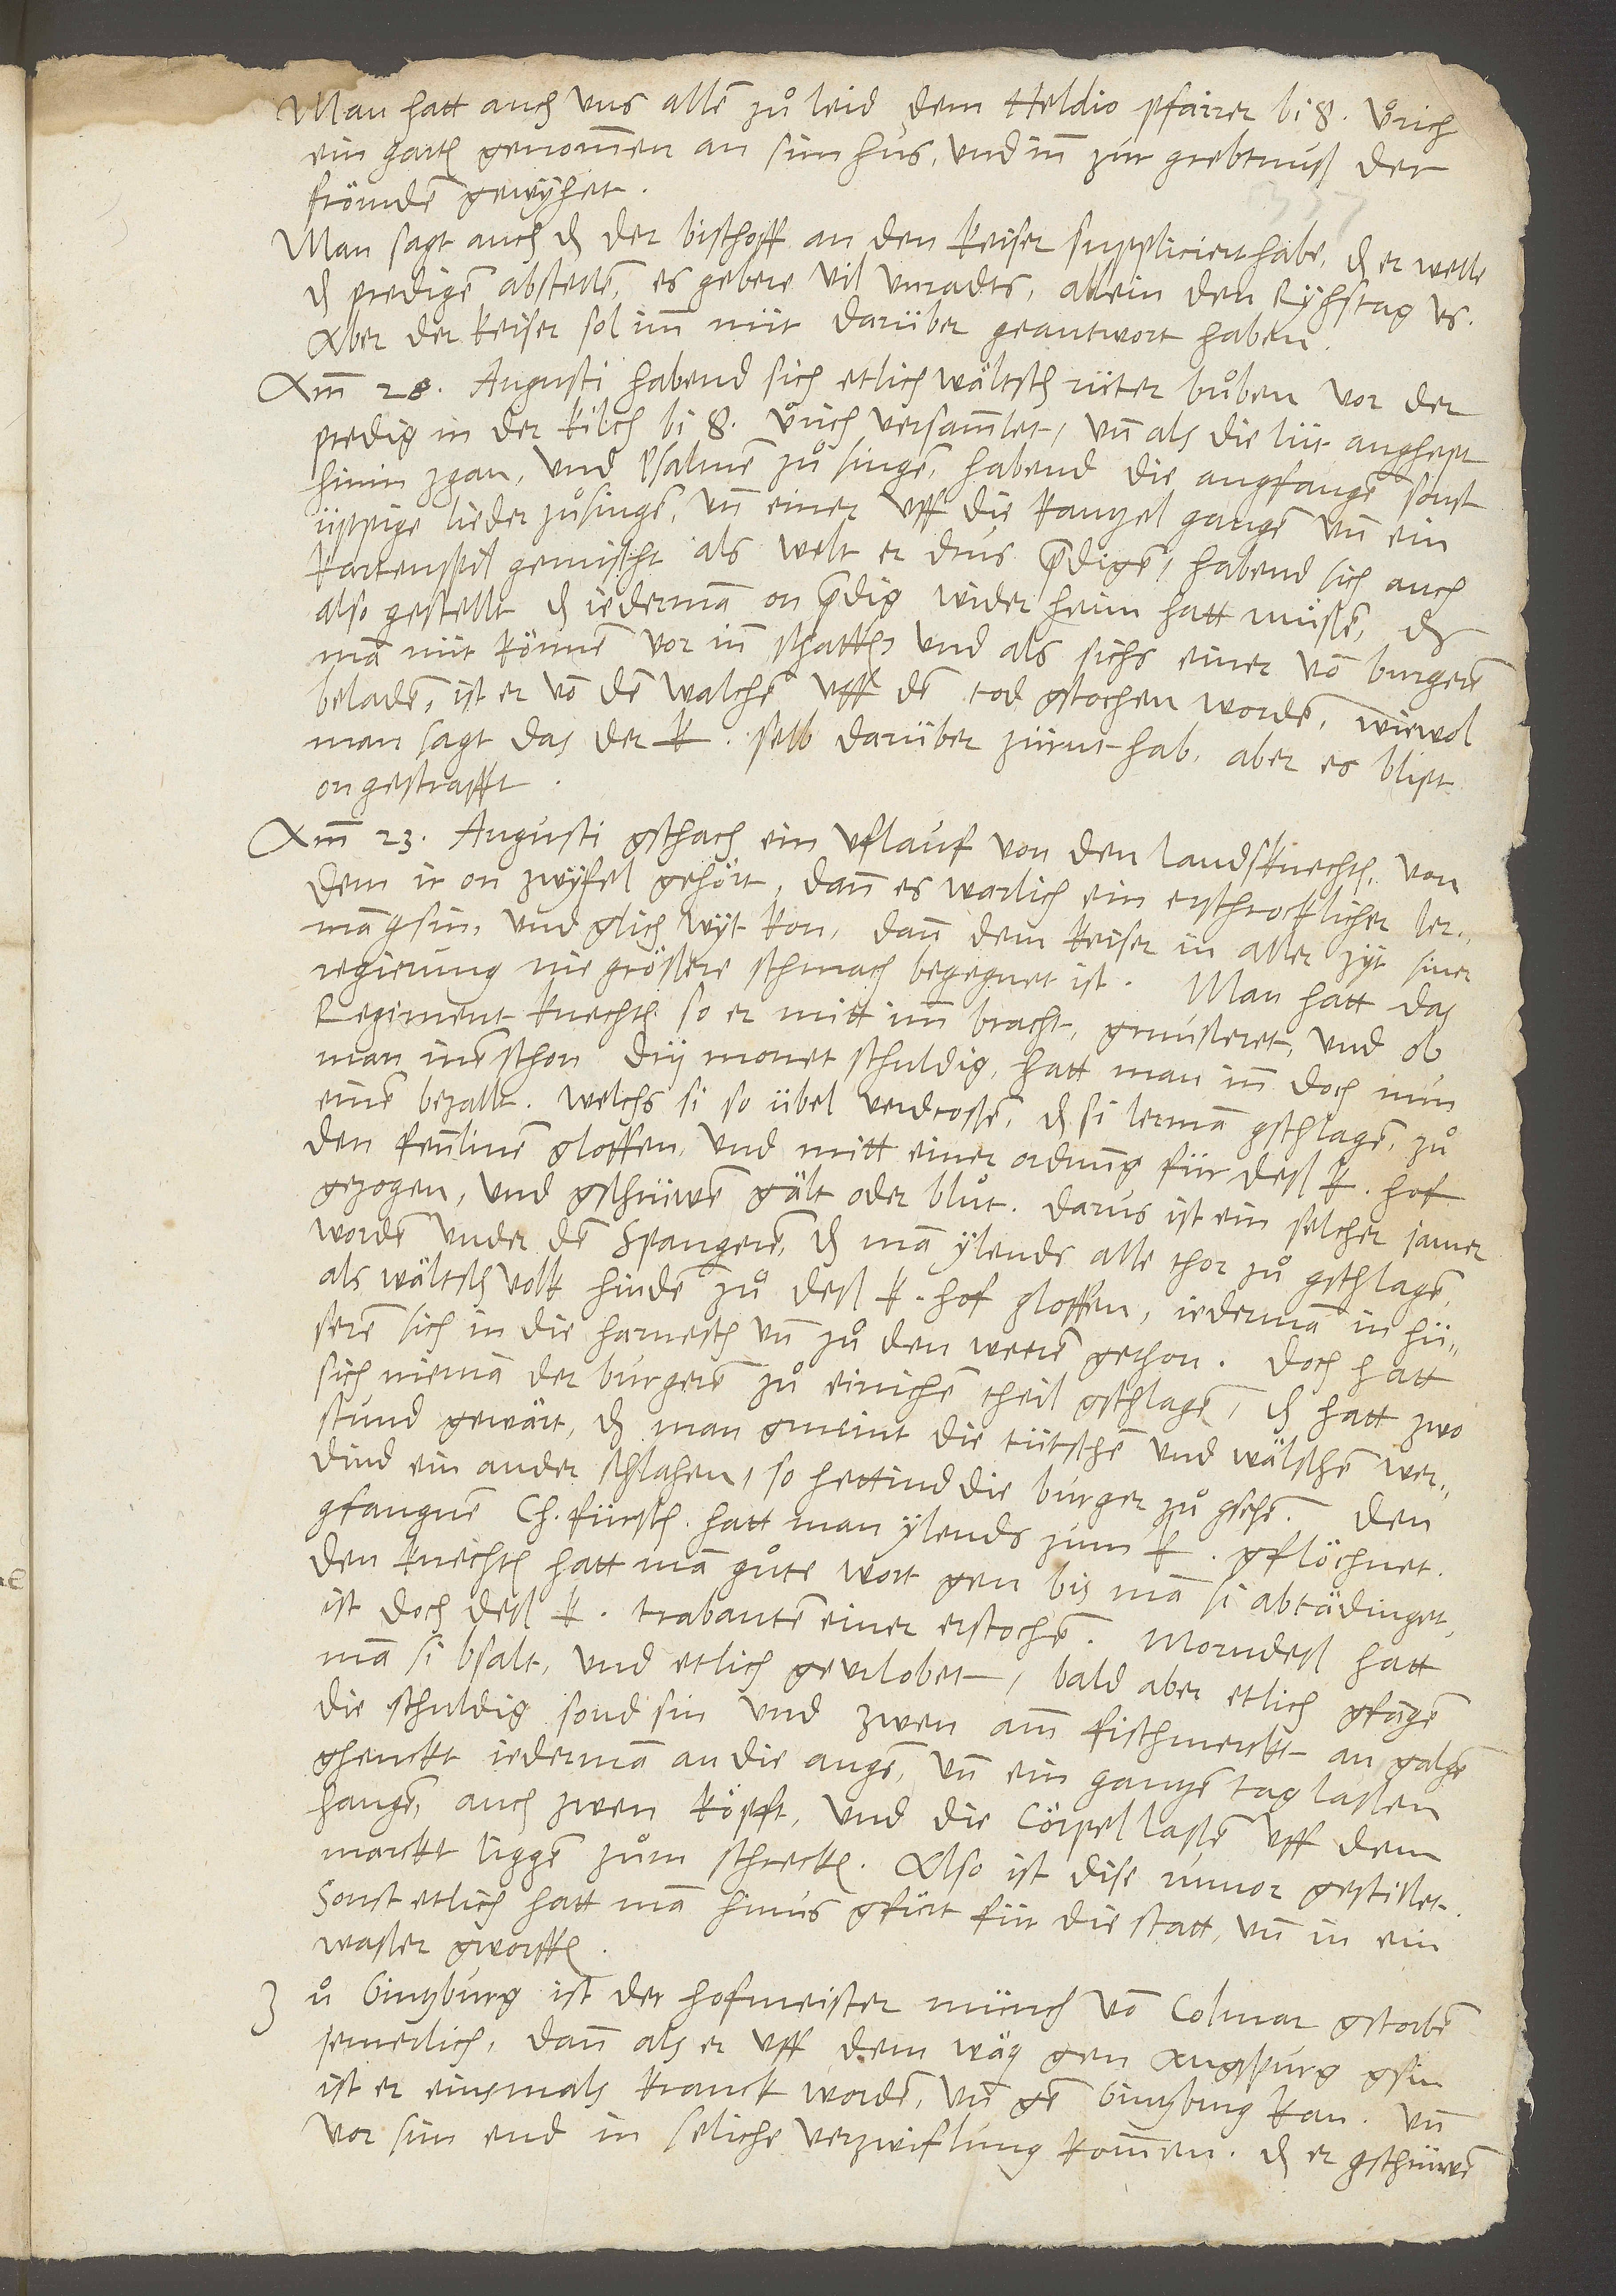
Man hatt auch, uns allen zuͦ leid, dem Heldio, pfarrer bi S. Uͦrich,
ein garten genommen an sim hus und inn zur grebtnuß der
frömden gewyhet.
Man sagt auch, das der bischoff an den keiser suppliciert habe, das er welle
das predigen abstellen (es gebere vil unradts) allein den rychstag us.
Aber der keiser sol imm nüt darüber geantwort haben.
Am 28. Augusti habend sich etlich wälsch rüterbuͦben vor der
predig in der kilch bi bi S. Uͦrich versammlet, und als die lüt anghept,
hinin zgan und Psalmen zuͦ singen, habend die angfangen, sonst
üppige lieder zuͦ singen. Und einer uff die kantzel gangen und ein
kartenspil gemischt, als welt er drus predigen. Habend sich auch
also gestellt, das iederman on predig wider heim hatt muͤßen, das
man nüt können vor inn schaffen. Und als sichs einer von burgeren
beladen, ist er von den Walchen uff den tod gstochen worden, wiewol
man sagt, das der keiser selb darüber zürnt hab; aber es blipt
S.
ongestrafft.
Am 23. Augusti gschach ein uflauf von den landsknechten, von
dem ir on zwyfel gehört, dann es warlich ein erschrocklicher lerman
gsin und glich wyt kon, dann dem keiser in aller zyt siner
regierung nie größere schmach begegnet ist. Man hatt das
regiment knechten, so er mitt imm bracht, gmusteret, und ob
man inen schon dry monet schuldig, hatt man inn doch nun
einen bezallt; welchs si so übel verdroßen, das si lerman gschlagen, zuͦ
den fennlinen gloffen und mitt einer ordnung für deß keisers hof
gezogen und gschrüwen: „Gält oder bluͦt!“ Darus ist ein selcher iamer
worden under den Spangeren, das man ylends alle thor zuͦgschlagen,
als wälsch volk hinden zuͦ des keisers hof gloffen, iederman in hüseren
sich in die harnesch und zuͦ den weeren gethon. Doch hatt
sich nieman der burgeren zuͦ einichem theil gschlagen. Das hatt zwo
stund gewärt, das man gmeint, die tütschen und wälschen werdind
einander schlahen. So hettind die burger zuͦgsehen. Den
gfangnen churfürsten hatt man ylends zum keiser gflöchnet.
Den knechten hatt man guͦte wort gen, bis man si abtädinget.
Ist doch deß keisers trabanten einer erstochen. Morndeß hatt
man si bsalt und etlich geurlobet, bald aber etlich gfangen,
die schuldig sond sin, und zwen amm fischmerckt an galgen
ghenckt iederman an die augen und ein gantzen tag laßen
hangen, auch zwen köpft und die cörpel lassen uff dem
marckt liggen zuͦm schrecken. Also ist dise rumor gestillet.
Sonst etlich hatt man hinusgfürt für die statt und in ein
Waßer gworffen.
Zuͦ Gintzburg ist der Hofmeister, münch von Colmar, gstorben
jemerlich. Dann als er uff dem wäg gen Augspurg gsin,
ist er einsmals kranck worden und gen Gintzburg kan und
vor sin end in seliche verzwiflung kommen, das er gschrüwen: